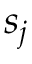
\boldsymbol { s } _ { j }